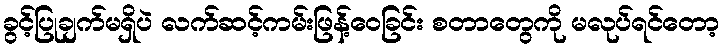
ခွင့်ပြုချက်မရှိပဲ လက်ဆင့်ကမ်းဖြန့်ဝေခြင်း စတာတွေကို မလုပ်ရင်တော့